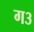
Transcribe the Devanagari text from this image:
ग३